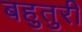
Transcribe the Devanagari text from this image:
बहुतुरी